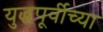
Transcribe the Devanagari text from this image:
युद्धपूर्वीच्या